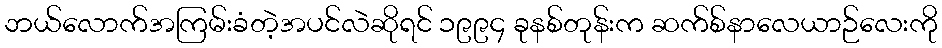
ဘယ်လောက်အကြမ်းခံတဲ့အပင်လဲဆိုရင် ၁၉၉၄ ခုနစ်တုန်းက ဆက်စ်နာလေယာဉ်လေးကို